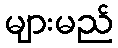
များမည်